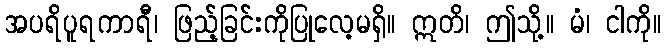
အပရိပူရကာရီ၊ ဖြည့်ခြင်းကိုပြုလေ့မရှိ။ ဣတိ၊ ဤသို့။ မံ၊ ငါကို။